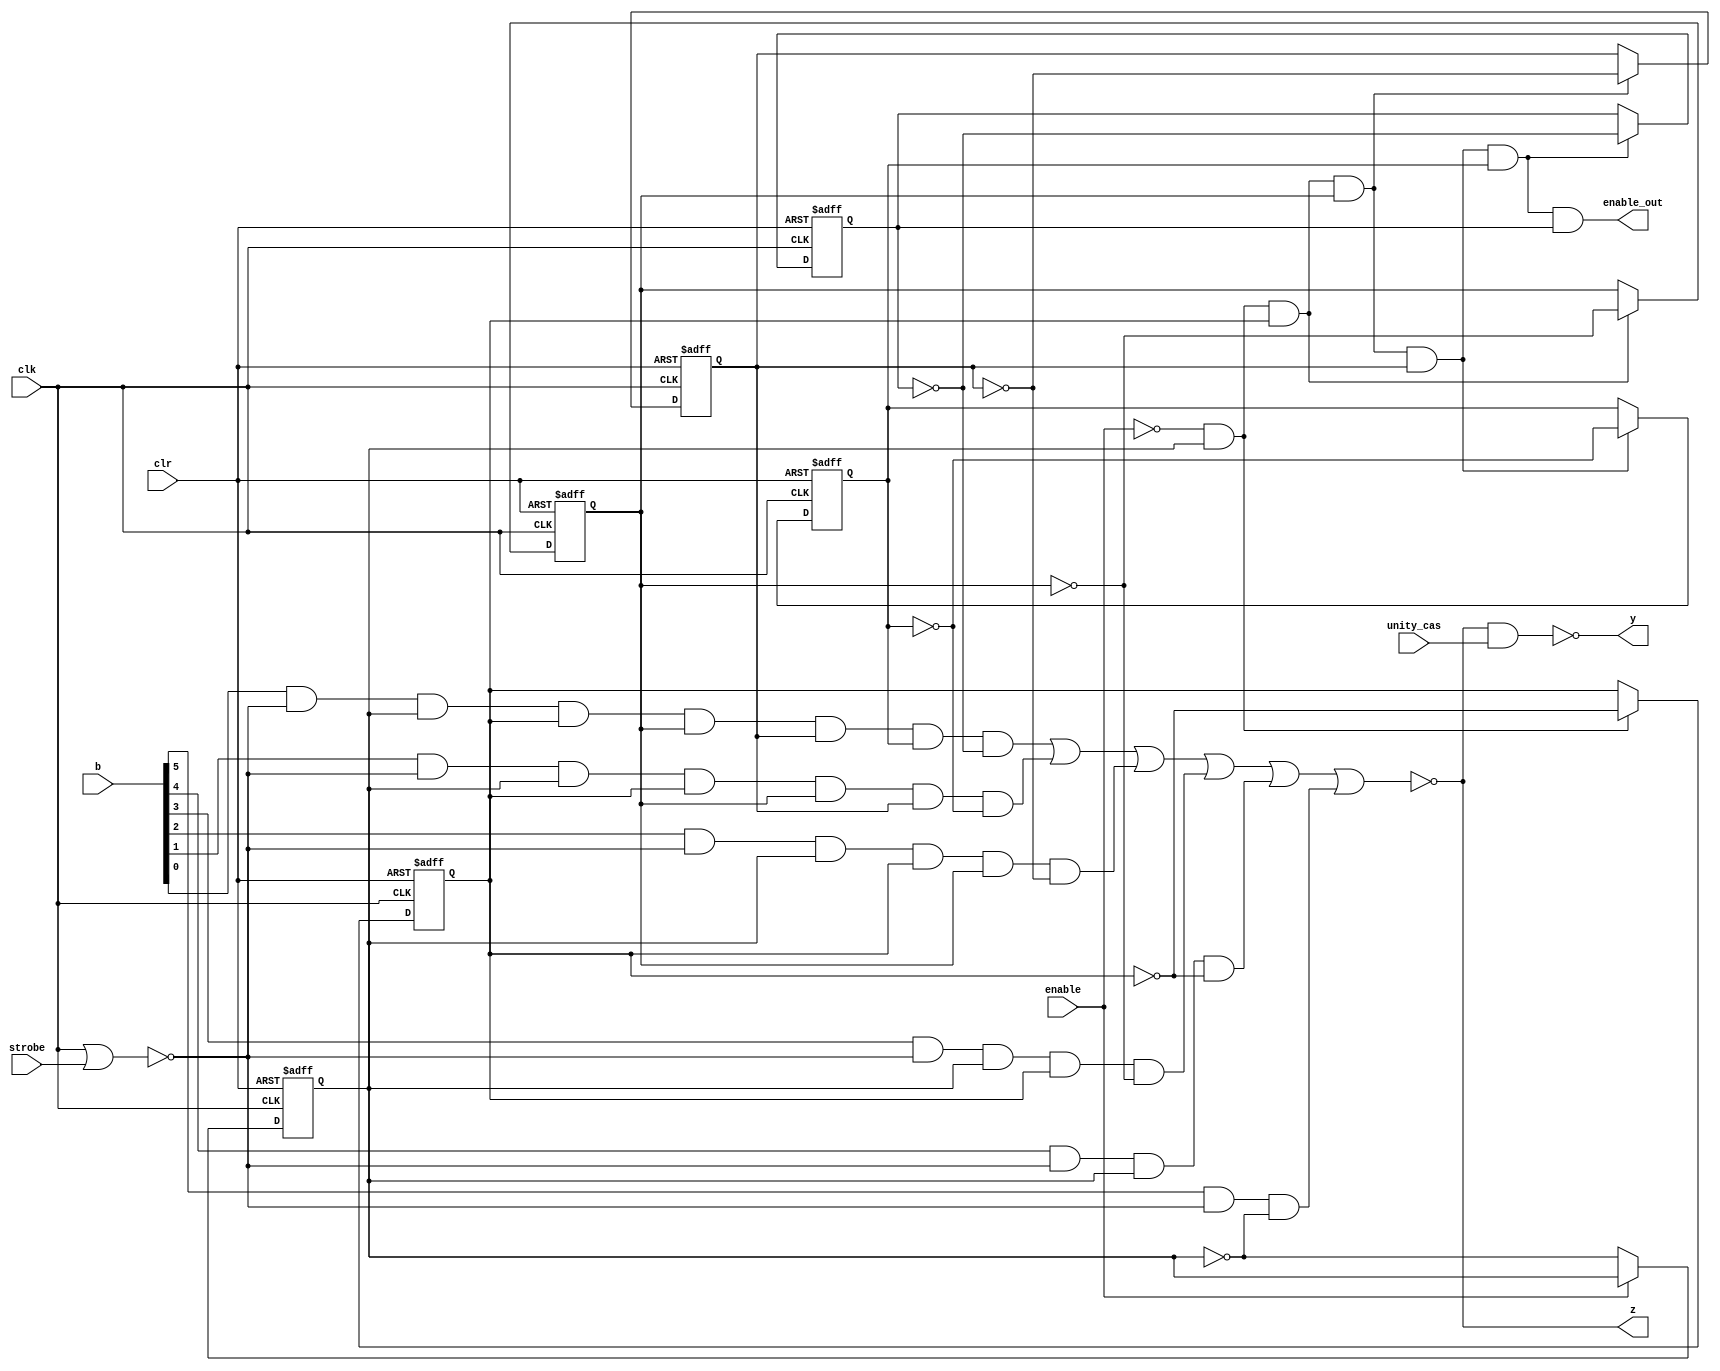
// Binary rate multiplier - Based on TI 7497 design

module brm (
  clk,
  strobe,
  enable,
  unity_cas,
  clr,
  b,
  z,
  y,
  enable_out );

input clk, strobe, enable, unity_cas, clr;
input [5:0] b;
output z, y, enable_out;

reg d0_out, d1_out, d2_out, d3_out, d4_out, d5_out;
wire a0_out, a1_out, a2_out, a3_out, a4_out;
wire d0_next, d1_next, d2_next, d3_next, d4_next, d5_next;
wire aa_out, ab_out, ac_out, ad_out, ae_out, af_out;
wire not_enable;
wire nor0_out, nor1_out;

always @( posedge clk or posedge clr )
  if( clr ) 
  begin
    d0_out <= 1'b0;
    d1_out <= 1'b0;
    d2_out <= 1'b0;
    d3_out <= 1'b0;
    d4_out <= 1'b0;
    d5_out <= 1'b0;
  end
  else
  begin
    d0_out <= d0_next;
    d1_out <= d1_next;
    d2_out <= d2_next;
    d3_out <= d3_next;
    d4_out <= d4_next;
    d5_out <= d5_next;
  end

assign not_enable = ~enable;

assign a0_out = not_enable & d0_out;
assign a1_out = a0_out & d1_out;
assign a2_out = a1_out & d2_out;
assign a3_out = a2_out & d3_out;
assign a4_out = a3_out & d4_out;
assign #5 enable_out = not_enable & d0_out & d1_out & d2_out &
  d3_out & d4_out & d5_out;
assign nor0_out = ~( clk | strobe );

assign af_out = b[5] & nor0_out & ~d0_out;
assign ae_out = b[4] & nor0_out & d0_out & ~d1_out;
assign ad_out = b[3] & nor0_out & d0_out & d1_out & ~d2_out;
assign ac_out = b[2] & nor0_out & d0_out & d1_out & d2_out & ~d3_out;
assign ab_out = b[1] & nor0_out & d0_out & d1_out & d2_out & d3_out & ~d4_out;
assign aa_out = b[0] & nor0_out & d0_out & d1_out & d2_out & d3_out & d4_out & ~d5_out;

assign nor1_out = ~( aa_out | ab_out | ac_out | ad_out | ae_out | af_out );
assign #5 z = nor1_out;
assign #5 y = ~( nor1_out & unity_cas );

assign d0_next = not_enable ? ~d0_out : d0_out;
assign d1_next = a0_out ? ~d1_out : d1_out;
assign d2_next = a1_out ? ~d2_out : d2_out;
assign d3_next = a2_out ? ~d3_out : d3_out;
assign d4_next = a3_out ? ~d4_out : d4_out;
assign d5_next = a4_out ? ~d5_out : d5_out;

endmodule